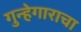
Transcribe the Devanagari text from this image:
गुन्हेगाराचा